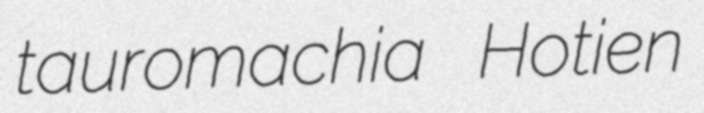
tauromachia Hotien